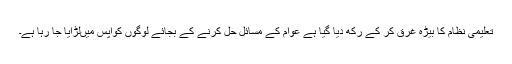
تعلیمی نظام کا بیڑہ غرق کر کے رکھ دیا گیا ہے عوام کے مسائل حل کرنے کے بجائے لوگوں کوآپس میںلڑایا جا رہا ہے۔